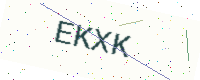
Text: EKXK